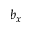
b _ { x }